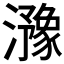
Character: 𤂻